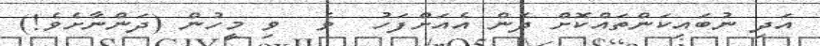
އަދި ނުބައިކަންތައްކޮށް ދެން އެއަށްފަހު  ވެ  ވި މީހުން (ދަންނާށެވެ!)